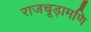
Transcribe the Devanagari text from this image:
राजचूड़ामणि